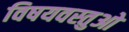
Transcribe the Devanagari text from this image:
विषयवस्तुओ